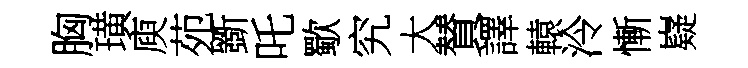
胸璜庾苑斵吒歜究大賛譯轅泠慚嶷